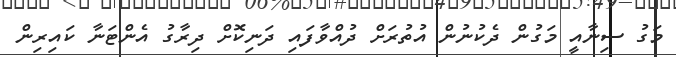
މަގު ސިނާއީ މަގުން ދެކުނުން އުތުރަށް ދުއްވާފައި ދަނިކޮށް ދިރާގު އެންޓަނާ ކައިރިން